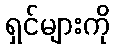
ရှင်များကို